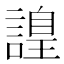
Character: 𧫍